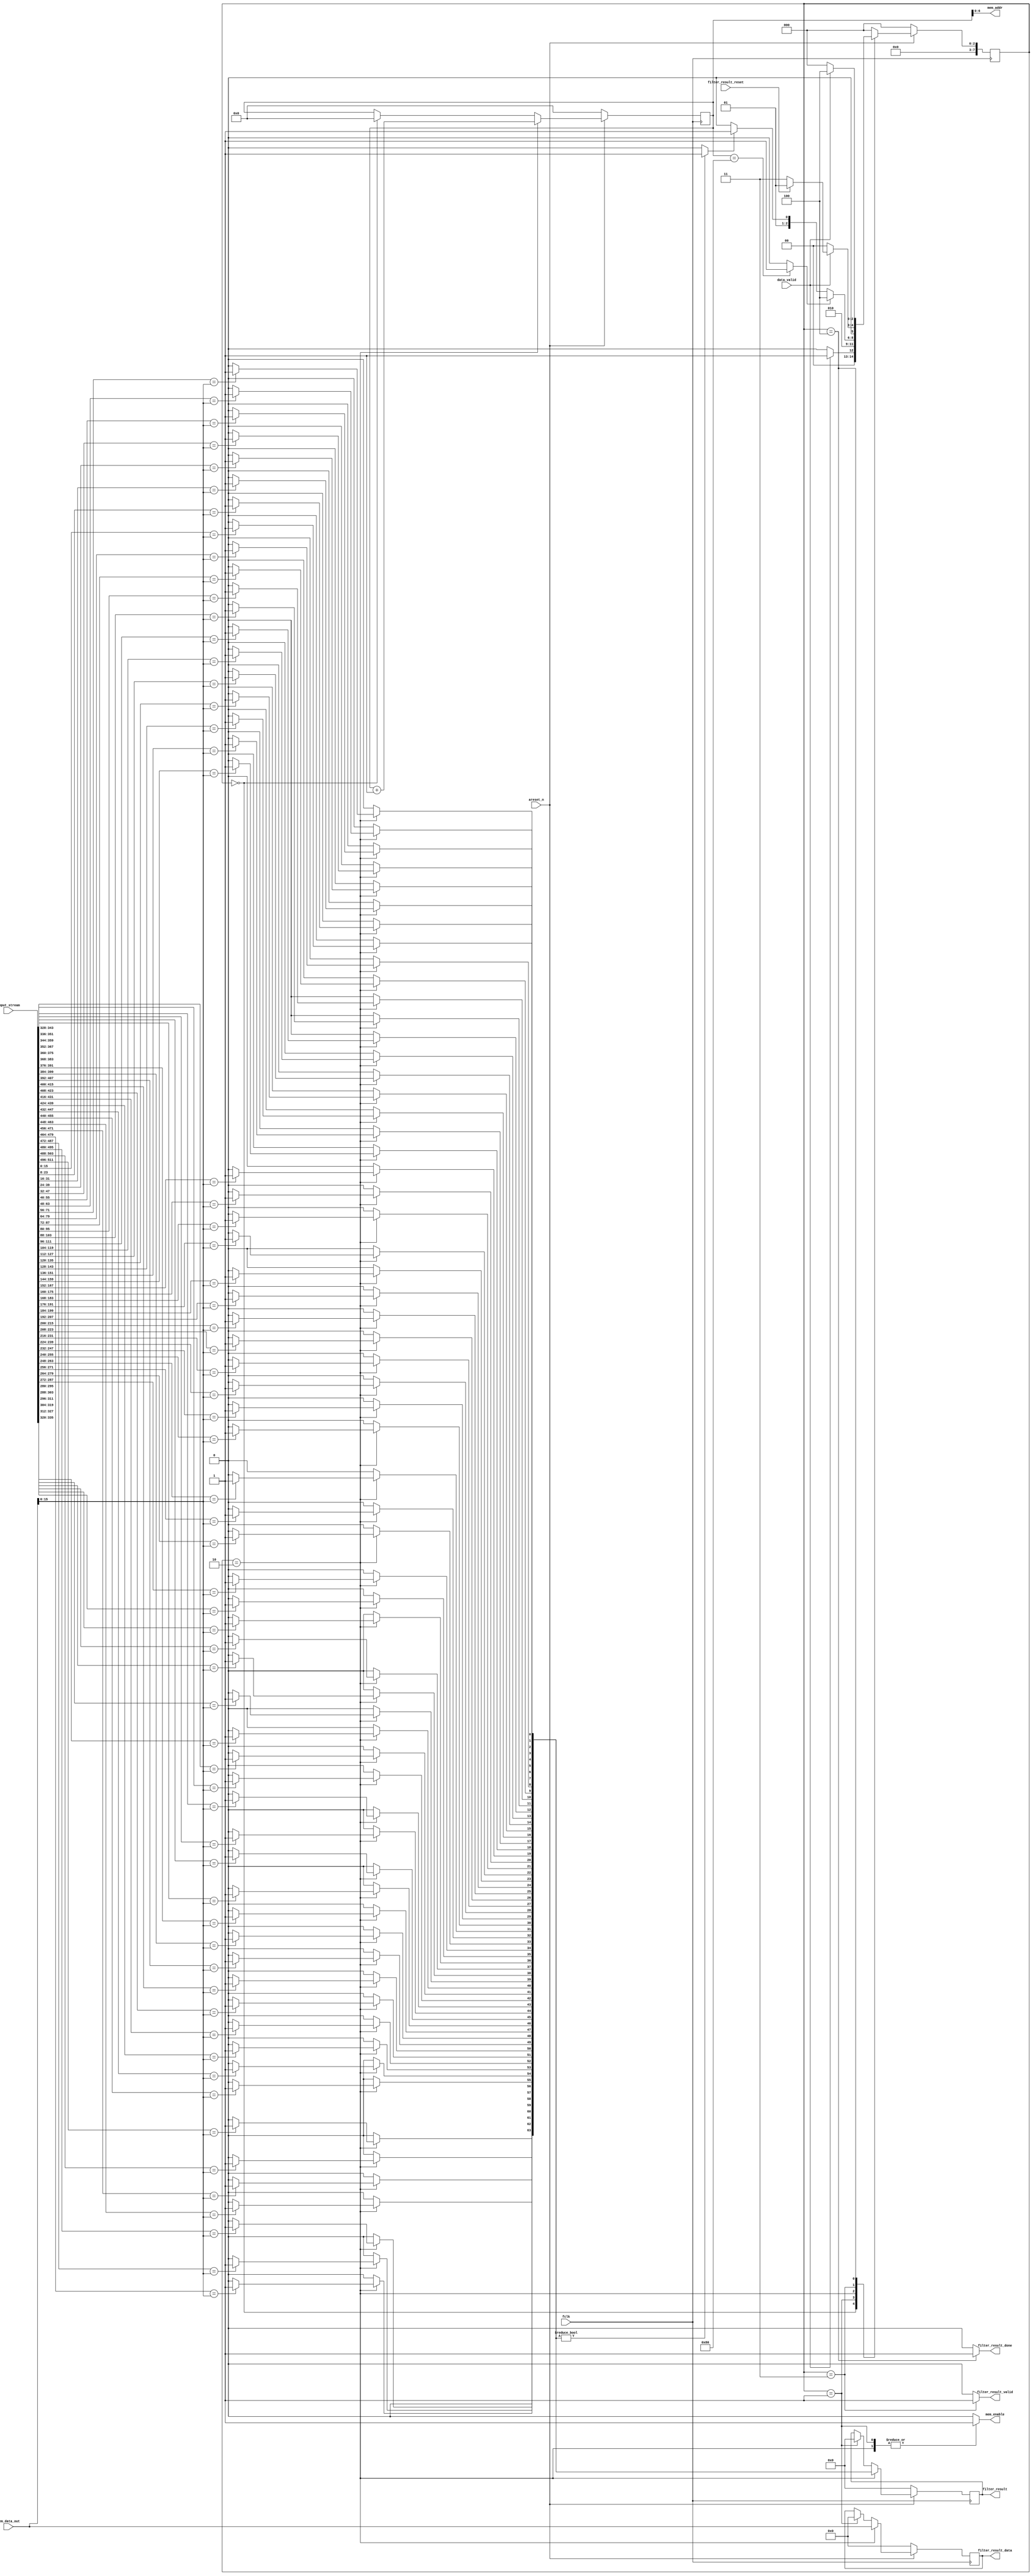
`timescale 1ns/100ps
module matcher_filter #
(
    parameter integer INPUT_STREAM_WIDTH = 512,
    parameter integer COMPARE_WIDTH = 16,
    parameter integer FILTER_LENGTH = 128,
    parameter integer DATA_WIDTH = 24
)
(
    input fclk,
    input areset_n,

    //matcher list memory interface
    output mem_enable,
    output [$clog2(FILTER_LENGTH)-1:0] mem_addr,
    input [DATA_WIDTH-1:0] mem_data_out,

    //matcher input data interface
    input [INPUT_STREAM_WIDTH-1:0] input_stream,
    input data_valid,

    //matcher filter result output interface
    output [INPUT_STREAM_WIDTH/8-1:0] filter_result,
    output [DATA_WIDTH-1:0] filter_result_data,
    output filter_result_valid,
    output filter_result_done,
    input filter_result_reset
);

    localparam[7:0] FILTER_IDLE = 'h00,
                    FILTER_MEM_READ = 'h01,
                    FILTER_RESULT_COMPARE = 'h02,
                    FILTER_RESULT_WAIT = 'h03,
                    FILTER_DONE = 'h04;

    reg [7:0] cur_state;
    reg [7:0] next_state;
    reg mem_enable_reg;
    reg filter_result_valid_reg;
    reg filter_result_done_reg;
    reg [$clog2(FILTER_LENGTH):0] mem_addr_reg;
    reg [INPUT_STREAM_WIDTH/8-1:0] filter_compare_result;
    reg [DATA_WIDTH-1:0] filter_result_data_reg;
    reg [INPUT_STREAM_WIDTH/8-1:0] filter_result_reg;
    wire [COMPARE_WIDTH-1:0] filter_list_head;
    wire compare_result;
    wire mem_read_done;
    

    always @(posedge fclk) begin
        if(!areset_n) begin
            cur_state <= FILTER_IDLE;
        end else begin
            cur_state <= next_state;
        end
    end

    always @(*) begin
        case(cur_state)
            FILTER_IDLE: begin
                if(data_valid)
                    next_state = FILTER_MEM_READ;
                else
                    next_state = FILTER_IDLE;
            end
            FILTER_MEM_READ: begin
                    next_state = FILTER_RESULT_COMPARE;
            end
            FILTER_RESULT_COMPARE: begin
                if(mem_read_done)
                    next_state = FILTER_DONE;
                else if(compare_result)
                    next_state = FILTER_RESULT_WAIT;
                else
                    next_state = FILTER_RESULT_COMPARE;
            end
            FILTER_RESULT_WAIT: begin
                if(!data_valid)
                    next_state = FILTER_IDLE;
                else if(filter_result_reset)
                    next_state = FILTER_MEM_READ;
                else
                    next_state = FILTER_RESULT_WAIT;
            end
            FILTER_DONE: begin
                if(!data_valid)
                    next_state = FILTER_IDLE;
                else
                    next_state = FILTER_DONE;
            end
            default: begin
                next_state = FILTER_IDLE;
            end
        endcase
    end

    always @(*) begin
        case(cur_state)
            FILTER_IDLE: begin
                mem_enable_reg = 1'b0;
                filter_result_valid_reg = 1'b0;
                filter_result_done_reg = 1'b0;
            end
            FILTER_MEM_READ: begin
                mem_enable_reg = 1'b1;
                filter_result_valid_reg = 1'b0;
                filter_result_done_reg = 1'b0;
            end
            FILTER_RESULT_COMPARE: begin
                mem_enable_reg = 1'b1;
                filter_result_valid_reg = 1'b0;
                filter_result_done_reg = 1'b0;
            end
            FILTER_RESULT_WAIT: begin
                mem_enable_reg = 1'b0;
                filter_result_valid_reg = 1'b1;
                filter_result_done_reg = 1'b0;
            end
            FILTER_DONE: begin
                mem_enable_reg = 1'b0;
                filter_result_valid_reg = 1'b0;
                filter_result_done_reg = 1'b1;
            end
            default: begin
                mem_enable_reg = 1'b0;
                filter_result_valid_reg = 1'b0;
                filter_result_done_reg = 1'b0;
            end
        endcase
    end

    assign mem_enable = mem_enable_reg;
    assign filter_result_valid = filter_result_valid_reg;
    assign filter_result_done = filter_result_done_reg;

    always @(posedge fclk) begin
        if(!areset_n) begin
            mem_addr_reg <= 'h0;
        end else begin
            if(cur_state == FILTER_RESULT_COMPARE)
                mem_addr_reg <= mem_addr_reg + 1;
            else if(cur_state == FILTER_IDLE)
                mem_addr_reg <= 'h0;
        end
    end

    assign mem_read_done = mem_addr_reg == FILTER_LENGTH ? 1'b1 : 1'b0;

    assign mem_addr = mem_addr_reg;

    assign filter_list_head = mem_data_out[COMPARE_WIDTH-1:0];

    integer filter_result_index;

    always @(*) begin
        if(cur_state == FILTER_RESULT_COMPARE) begin
            for(filter_result_index = 0; filter_result_index < INPUT_STREAM_WIDTH/8-(COMPARE_WIDTH/8-1); filter_result_index = filter_result_index + 1) begin
                filter_compare_result[filter_result_index] = input_stream[8*filter_result_index+:COMPARE_WIDTH] == filter_list_head ? 1'b1 : 1'b0;
            end
            for(filter_result_index = INPUT_STREAM_WIDTH/8-(COMPARE_WIDTH/8-1); filter_result_index < INPUT_STREAM_WIDTH/8; filter_result_index = filter_result_index + 1) begin
                filter_compare_result[filter_result_index] = 'b0;
            end
        end else begin
            filter_compare_result = 'h0;
        end
    end

    assign compare_result = filter_compare_result != {INPUT_STREAM_WIDTH/8{1'b0}} ? 1'b1 : 1'b0;

    always @(posedge fclk) begin
        if(!areset_n) begin
            filter_result_data_reg <= 'h0;
            filter_result_reg <= 'h0;
        end else begin
            if(cur_state == FILTER_RESULT_COMPARE) begin
                filter_result_data_reg <= mem_data_out;
                filter_result_reg <= filter_compare_result;
            end else if(cur_state == FILTER_MEM_READ) begin
                filter_result_data_reg <= 'h0;
                filter_result_reg <= 'h0;
            end
        end
    end

    assign filter_result = filter_result_reg;
    assign filter_result_data = filter_result_data_reg;

endmodule